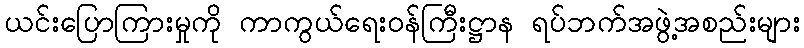
ယင်းပြောကြားမှုကို ကာကွယ်ရေးဝန်ကြီးဋ္ဌာန ရပ်ဘက်အဖွဲ့အစည်းများ